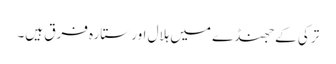
ترکی کے جھنڈے میں ہلال اور ستارہ فرق ہیں۔